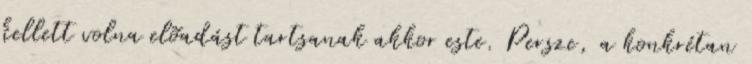
kellett volna elõadást tartsanak akkor este. Persze, a konkrétan